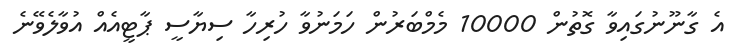
އެ ގާނޫނުގައިވާ ގޮތުން 10000 މެމްބަރުން ހަމަނުވާ ހުރިހާ ސިޔާސީ ޕާޓީއެއް އުވާލެވޭނެ